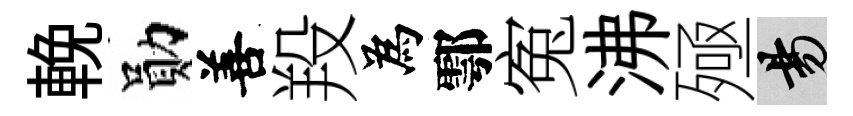
輓勛善羖為鄠寃沸殛昜